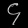
Digit: ၄